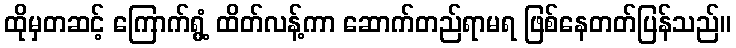
ထိုမှတဆင့် ကြောက်ရွံ့ ထိတ်လန့်ကာ ဆောက်တည်ရာမရ ဖြစ်နေတတ်ပြန်သည်။